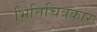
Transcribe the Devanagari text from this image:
भित्तिचित्रकार